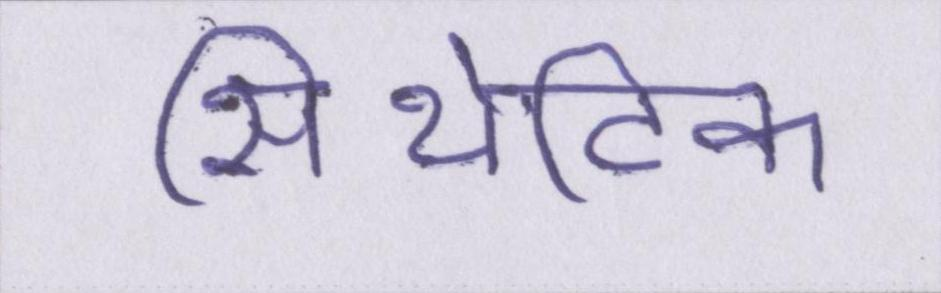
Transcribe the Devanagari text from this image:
सिंथेटिक